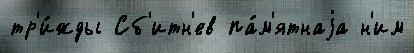
тр'и́жды Сб'итн'ев па́м'ятнаjа н'им